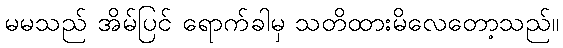
မမသည် အိမ်ပြင် ရောက်ခါမှ သတိထားမိလေတော့သည်။